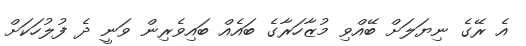
އެ ރޭގެ ނިޔަލަށް ބޭއްވި މުޒާހަރާގެ ބައެއް ބައިވެރިން ވަނީ ދެ ފުލުހަކަށް